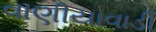
વાણીયાવાડી